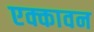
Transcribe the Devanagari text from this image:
एक्कावन